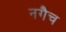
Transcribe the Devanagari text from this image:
नगैच